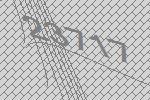
23717